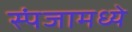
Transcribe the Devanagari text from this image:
स्पंजामध्ये